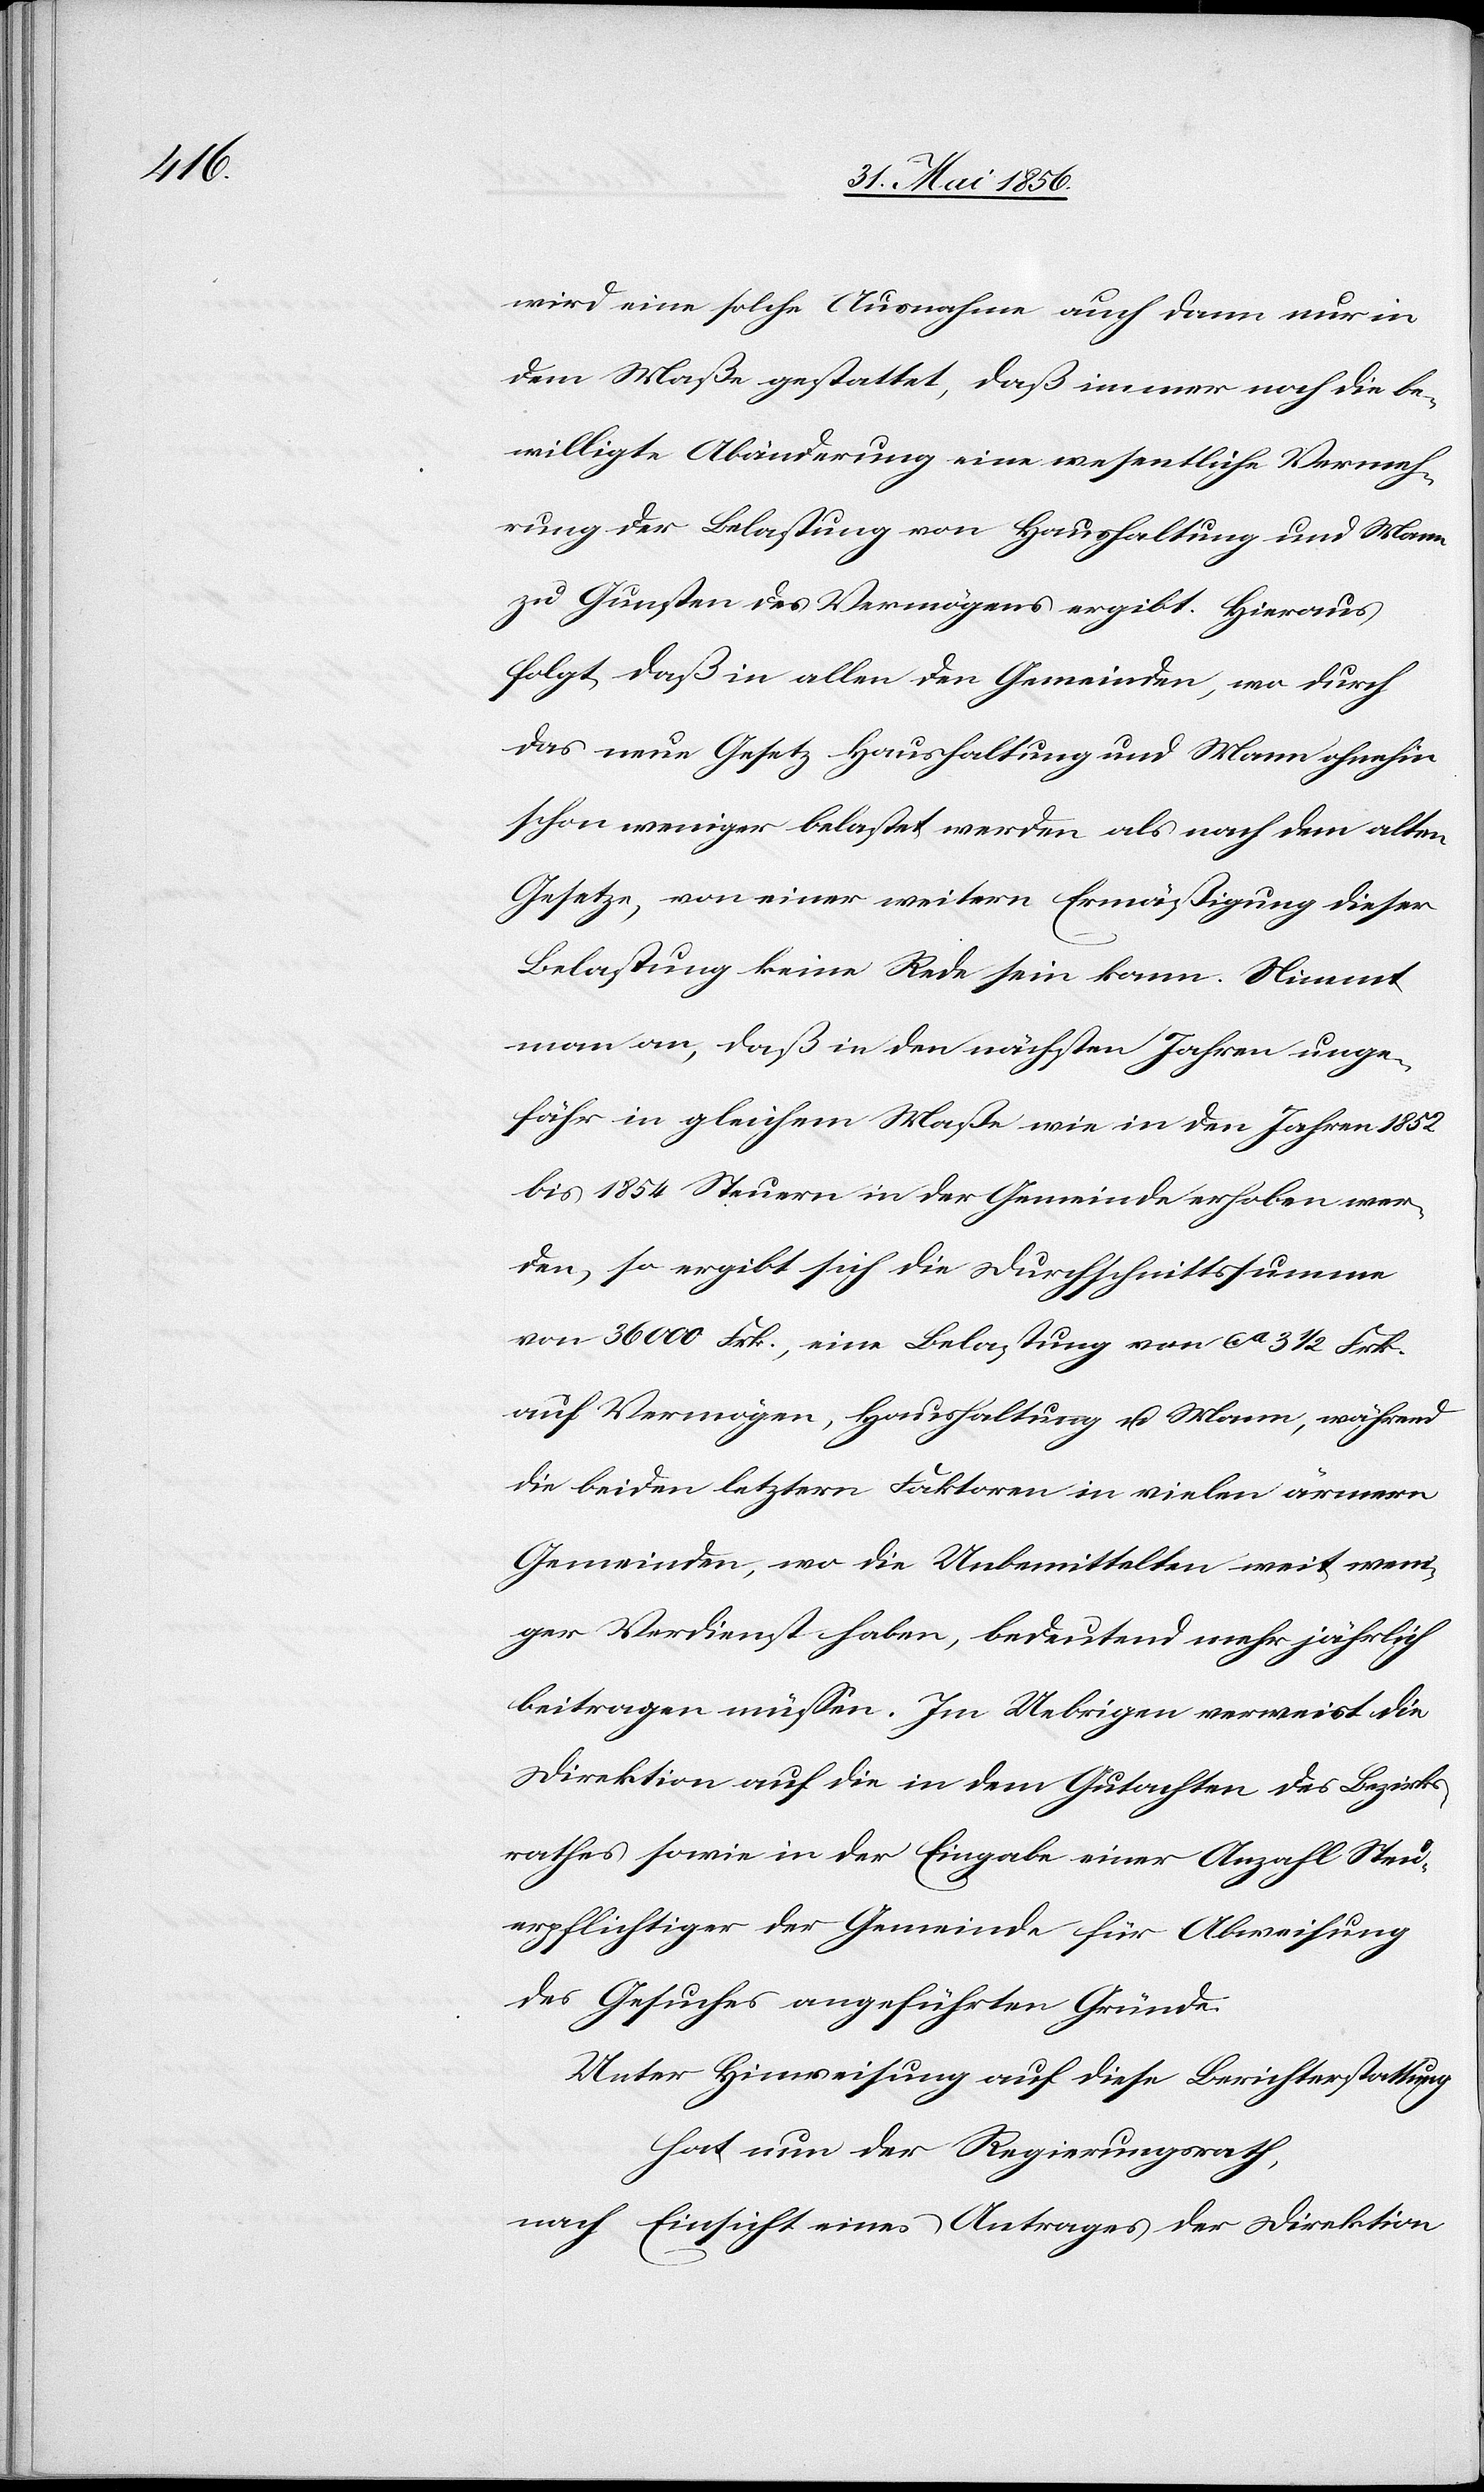
wird eine solche Ausnahme auch dann nur in
dem Maße gestattet, daß immer noch die be¬
willigte Abänderung eine wesentliche Vermeh¬
rung der Belastung von Haushaltung und Mann
zu Gunsten des Vermögens ergibt. Hieraus
folgt, daß in allen den Gemeinden, wo durch
das neue Gesetz: Haushaltung und Mann ohnehin
schon weniger belastet werden als nach dem alten
Gesetze, von einer weitern Ermäßigung dieser
Belastung keine Rede sein kann. Nimmt
man an, daß in den nächsten Jahren unge¬
fähr in gleichem Maße wie in den Jahren 1852
bis 1854 Steuern in der Gemeinde erhoben wer¬
den, so ergibt sich die Durchschnittssumme
von 36000 Frk., eine Belastung von ca 3 ½ Frk.
auf Vermögen, Haushaltung u. Mann, während
die beiden letztern Faktoren in vielen ärmern
Gemeinden, wo die Unbemittelten weit weni¬
ger Verdienst haben, bedeutend mehr jährlich
beitragen müssen. Im Uebrigen verweist die
Direktion auf die in dem Gutachten des Bezirks¬
rath sowie in der Eingabe einer Anzahl Steu¬
erpflichtiger der Gemeinde für Abweisung
des Gesuches angeführten Gründe.
Unter Hinweisung auf diese Berichterstattung
hat nun der Regierungsrath,
nach Einsicht eines Antrages der Direktion